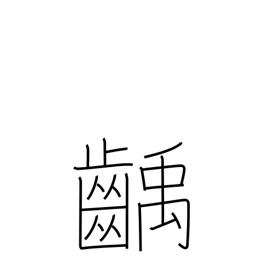
Meaning: decayed tooth